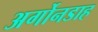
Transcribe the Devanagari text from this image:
अर्गोनडाह